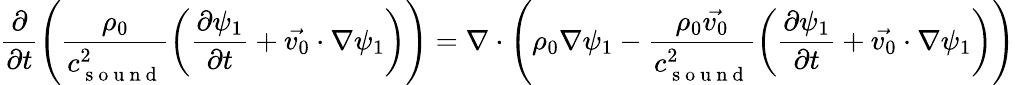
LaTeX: \frac{\partial}{\partial t}\left(\frac{\rho_{0}}{c_{\mathrm{~s~o~u~n~d~}}^{2}}\left(\frac{\partial\psi_{1}}{\partial t}+\vec{v_{0}}\cdot\nabla\psi_{1}\right)\right)=\nabla\cdot\left(\rho_{0}\nabla\psi_{1}-\frac{\rho_{0}\vec{v_{0}}}{c_{\mathrm{~s~o~u~n~d~}}^{2}}\left(\frac{\partial\psi_{1}}{\partial t}+\vec{v_{0}}\cdot\nabla\psi_{1}\right)\right)